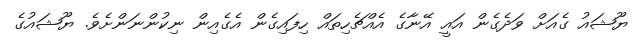
ޔޫޝައު ގެއަށް ވަދެގެން އައީ އޭނާގެ އެއްޗެހިތައް ހިފައިގެން އެގެއިން ނިކުންނަންށެވެ. ޔޫޝައުގެ